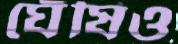
ঘেঁষিও